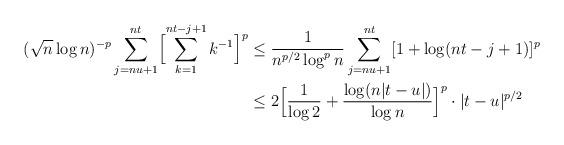
LaTeX: \begin{align*}(\sqrt n\log n)^{-p}\sum_{j=nu+1}^{nt}\Bigl[\sum_{k=1}^{nt-j+1}k^{-1}\Bigr]^p&\le\frac1{n^{p/2}\log^pn}\sum_{j=nu+1}^{nt}[1+\log(nt-j+1)]^p\\&\le2\Bigl[\frac1{\log2}+\frac{\log(n|t-u|)}{\log n}\Bigr]^p\cdot|t-u|^{p/2}\end{align*}